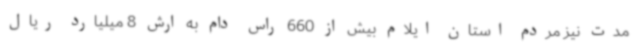
مدت نیز مردم استان ایلام بیش از 660 راس دام به ارش 8 میلیارد ریال